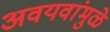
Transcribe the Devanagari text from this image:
अवयवांमुळे